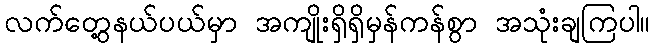
လက်တွေ့နယ်ပယ်မှာ အကျိုးရှိရှိမှန်ကန်စွာ အသုံးချကြပါ။